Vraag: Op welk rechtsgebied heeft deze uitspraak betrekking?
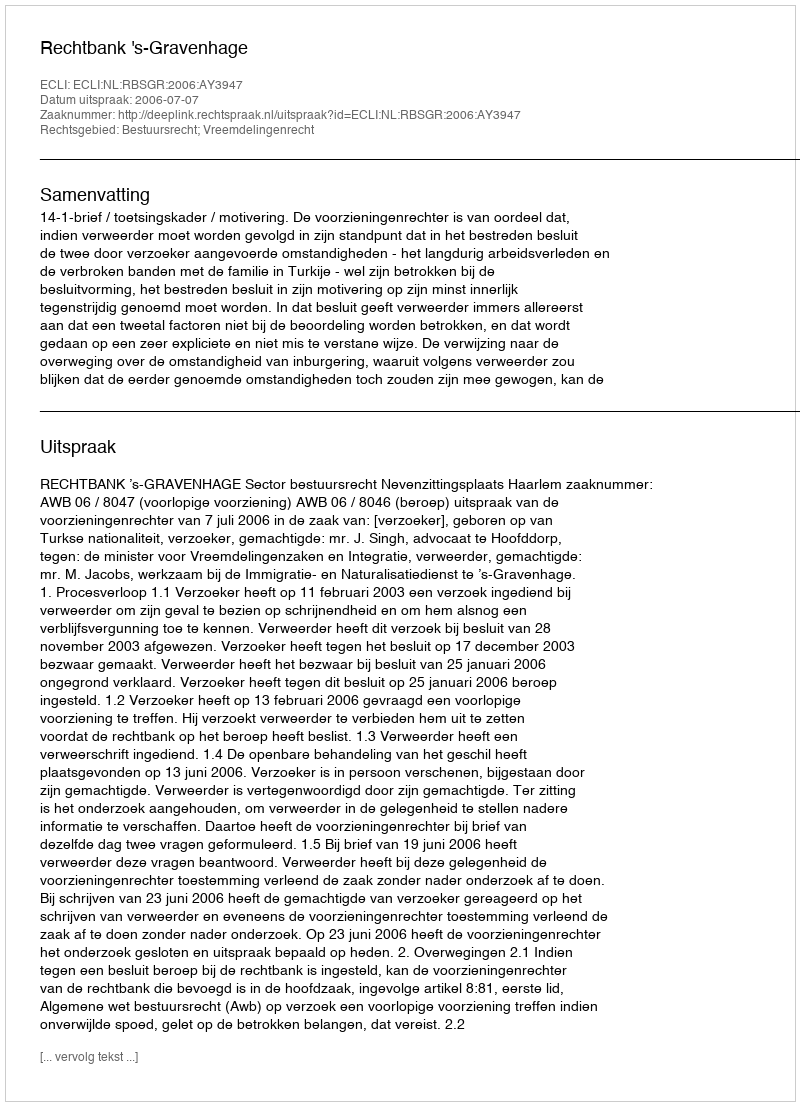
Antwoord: Bestuursrecht; Vreemdelingenrecht